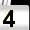
Digit: 4